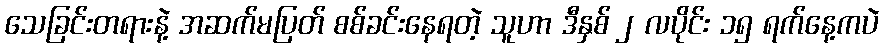
သေခြင်းတရားနဲ့ အဆက်မပြတ် စစ်ခင်းနေရတဲ့ သူဟာ ဒီနှစ် ၂ လပိုင်း ၁၅ ရက်နေ့ကပဲ